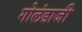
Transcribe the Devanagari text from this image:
गोलंडाजी